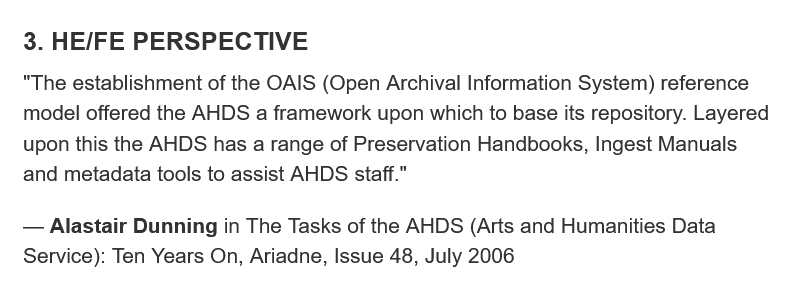
3. HE/FE  PERSPECTIVE
   “The establishment of the OAIS (Open Archival Information System) reference
   model offered the AHDS a framework upon which to base its repository. Layered
   upon this the AHDS has a range of Preservation Handbooks, Ingest Manuals
   and metadata tools to assist AHDS staff."
   —
     Alastair Dunning in The Tasks of the AHDS (Arts and Humanities Data
   Service): Ten Years On, Ariadne, Issue 48, July 2006